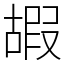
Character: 嘏